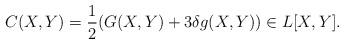
LaTeX: \begin{align*}C(X,Y) = \frac{1}{2}(G(X,Y)+3\delta g(X,Y)) \in L[X,Y].\end{align*}